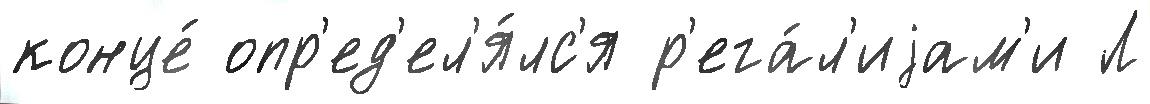
конце́ опр'ед'ел'я́лс'я р'ега́л'иjам'и Л